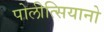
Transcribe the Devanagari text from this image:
पोलीत्सियानो